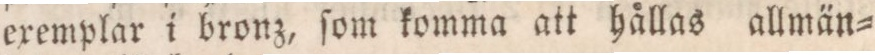
exemplar i bronz, ſom komma att hållas allmän=